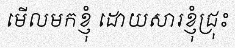
មើលមកខ្ញុំ ដោយសារខ្ញុំជ្រុះ